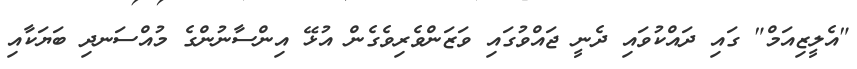
"އެލީޒިއަމް" ގައި ދައްކުވައި ދެނީ ޖައްވުގައި ވަޒަންވެރިވެގެން އުޅޭ އިންސާނުންގެ މުއްސަނދި ބަޔަކާއި